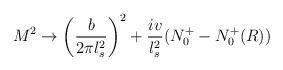
LaTeX: \begin{align*} M^2 \rightarrow \left ( {b\over 2\pi l_s^2}\right )^2+{iv\over l_s^2} (N_0^+-N^+_0(R))\end{align*}